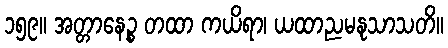
၁၅၉။ အတ္တာနေဉ္စ တထာ ကယိရာ၊ ယထာညမနုသာသတိ။